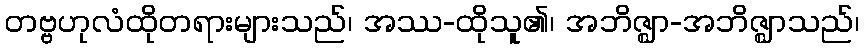
တဗ္ဗဟုလံထိုတရားများသည်၊ အဿ-ထိုသူ၏၊ အဘိဇ္ဈာ-အဘိဇ္ဈာသည်၊